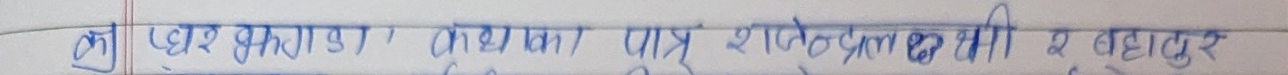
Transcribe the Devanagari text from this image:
कुपघर झाडा । कृषकका पुत्र शतेन्द्रकी २ बहादुर